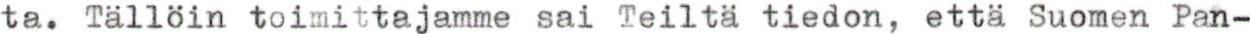
ta. Tällöin toimittajamme sai Teiltä tiedon, että Suomen Pan-